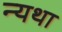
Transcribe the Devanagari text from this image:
न्यथा